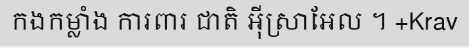
កងកម្លាំង ការពារ ជាតិ អ៊ីស្រាអែល ។ +Krav